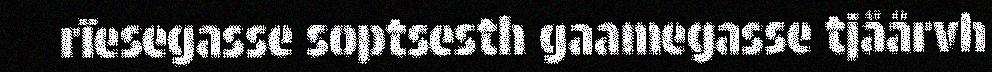
rïesegasse soptsesth gaamegasse tjåårvh